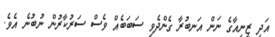
އަދި ޒީނިއާގެ ނަން އަނބުރާ ގެންދެވި ސަބަބެއް ވެސް ސަރުކާރުން ނުބުނެ އެވެ.